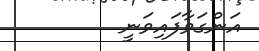
އަންގަވާފައިވަނީ